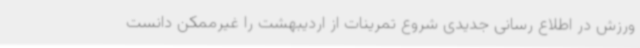
ورزش در اطلاع رسانی جدیدی شروع تمرینات از اردیبهشت را غیرممکن دانست